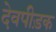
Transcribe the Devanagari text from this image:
देवपीड़क